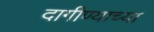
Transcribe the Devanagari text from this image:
दागीण्याच्या